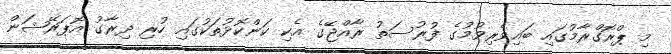
މި ޕްރޮގްރާމުގައި ބައިވެރިވުމުގެ ފުރުސަތު ރާއްޖޭގެ އެކި ކަންކޮޅުތަކުގައި ހުރި ދިރާގު އޮޕަރޭޝަން